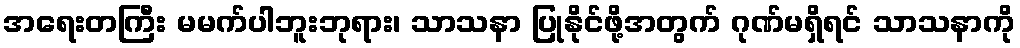
အရေးတကြီး မမက်ပါဘူးဘုရား၊ သာသနာ ပြုနိုင်ဖို့အတွက် ဂုဏ်မရှိရင် သာသနာကို